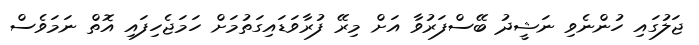
ޖަލުގައި ހުންނެވި ނަޝީދު ބޭސްފަރުވާ އަށް މިރޭ ފުރާވަޑައިގަތުމަށް ހަަމަޖެހިފައި އޮތް ނަމަވެސް